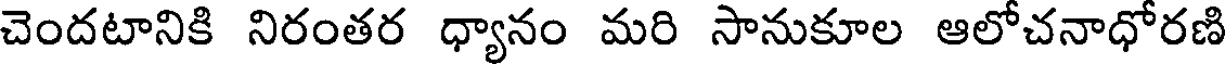
చెందటానికి నిరంతర ధ్యానం మరి సానుకూల ఆలోచనాధోరణి